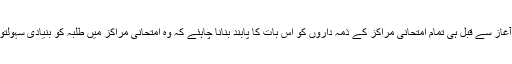
اسی لیے ضلع ایجوکیشنل آفیسر کو امتحانات کے آغاز سے قبل ہی تمام امتحانی مراکز کے ذمہ داروں کو اس بات کا پابند بنانا چاہئے کہ وہ امتحانی مراکز میں طلبہ کو بنیادی سہولتوں کی فراہمی کو یقینی بنانے کے اقدامات کریں ۔